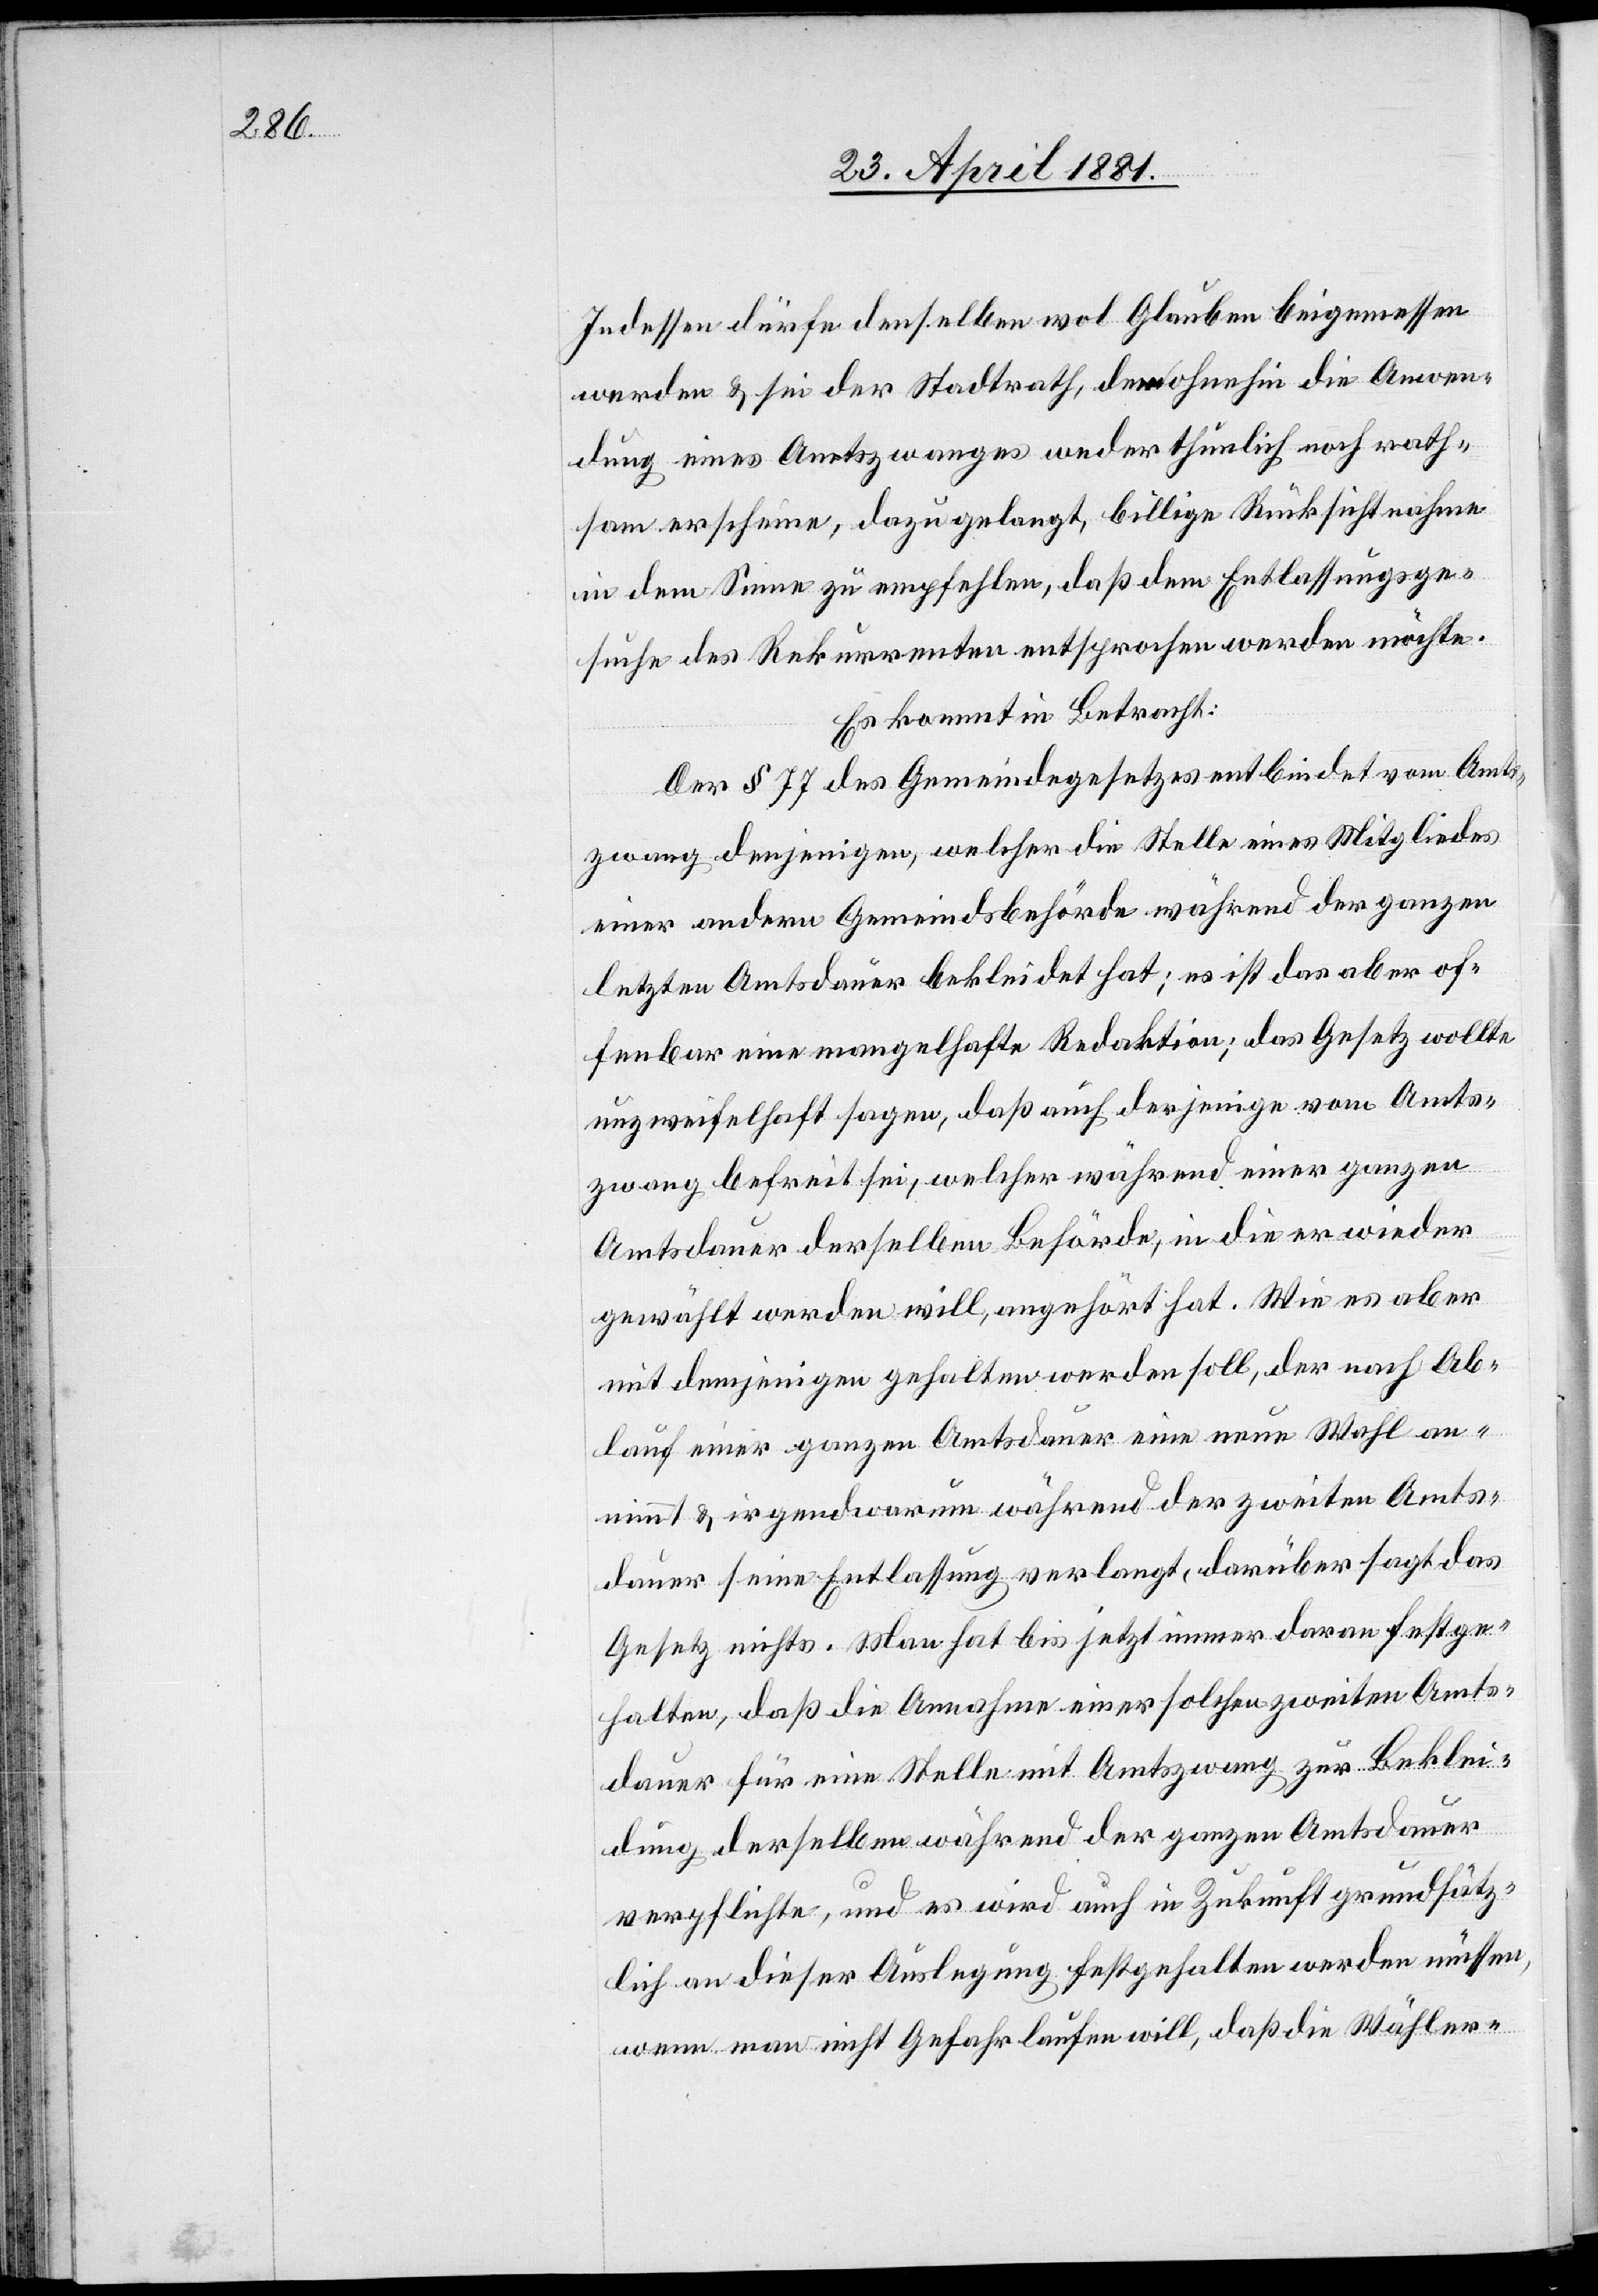
Indessen dürfe denselben wol Glauben beigemessen
werden & sei der Stadtrath, dem ohnehin die Anwen¬
dung eines Amtszwanges weder thunlich noch rath¬
sam erscheine, dazu gelangt, billige Rücksichtnahme
in dem Sinne zu empfehlen, daß dem Entlassungsge¬
suche des Rekurrenten entsprochen werden möchte.
Es kommt in Betracht:
Der § 77 des Gemeindegesetzes entbindet vom Amts¬
zwang denjenigen, welcher die Stelle eines Mitgliedes
einer andern Gemeindsbehörde während der ganzen
letzten Amtsdauer bekleidet hat; es ist das aber of¬
fenbar eine mangelhafte Redaktion; das Gesetz wolle
unzweifelhaft sagen, daß auch derjenige vom Amts¬
zwang befreit sei, welcher während einer ganzen
Amtsdauer derselben Behörde, in die er wieder
gewählt werden will, angehört hat. Wie es aber
mit demjenigen gehalten werden soll, der nach Ab¬
lauf einer ganzen Amtsdauer eine neue Wahl an¬
nimmt & irgendwarum während der zweiten Amts¬
dauer seine Entlassung verlangt, darüber sagt das
Gesetz nichts. Man hat bis jetzt immer daran festge¬
halten, daß die Annahme einer solchen zweiten Amts¬
dauer für eine Stelle mit Amtszwang zur Beklei¬
dung derselben während der ganzen Amtsdauer
verpflichte, und es wird auch in Zukunft grundsätz¬
lich an dieser Auslegung festgehalten werden müssen,
wenn man nicht Gefahr laufen will, daß die Wähler-